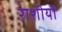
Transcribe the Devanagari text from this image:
राशीयों